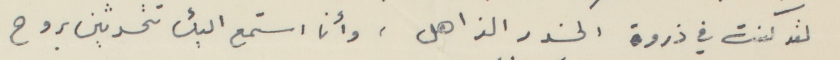
لقد كنت في ذروة الخدر الذاهل، وأنا استمع اليك تتحدثين بروح